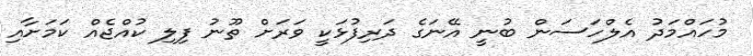
މުހައްމަދު އެލްހަސަން ބުނީ އޭނަގެ ދަރިފުޅަކީ ވަރަށް ތޫނު ފިލި ކުއްޖެއް ކަމަށާއި